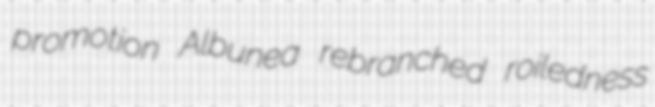
promotion Albunea rebranched roiledness